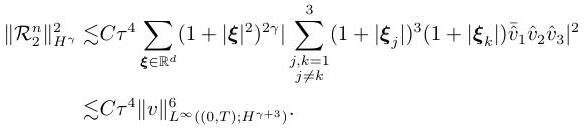
\begin{align*}
\left\|\mathcal{R}_{2}^{n}\right\|_{H^{\gamma}}^{2} & \lesssim C \tau^{4} \sum_{\boldsymbol{\xi} \in \mathbb{R}^{d}}\left(1+|\boldsymbol{\xi}|^{2}\right)^{2 \gamma}\left|\sum_{\substack{j, k=1 \\
j \neq k}}^{3}\left(1+\left|\boldsymbol{\xi}_{j}\right|\right)^{3}\left(1+\left|\boldsymbol{\xi}_{k}\right|\right) \widehat{v}_{1} \widehat{v}_{2} \widehat{v}_{3}\right|^{2} \\
& \lesssim C \tau^{4}\|v\|_{L^{\infty}((0, T) ; H^{\gamma+3})}^{6} .
\end{align*}